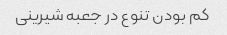
کم بودن تنوع در جعبه شیرینی